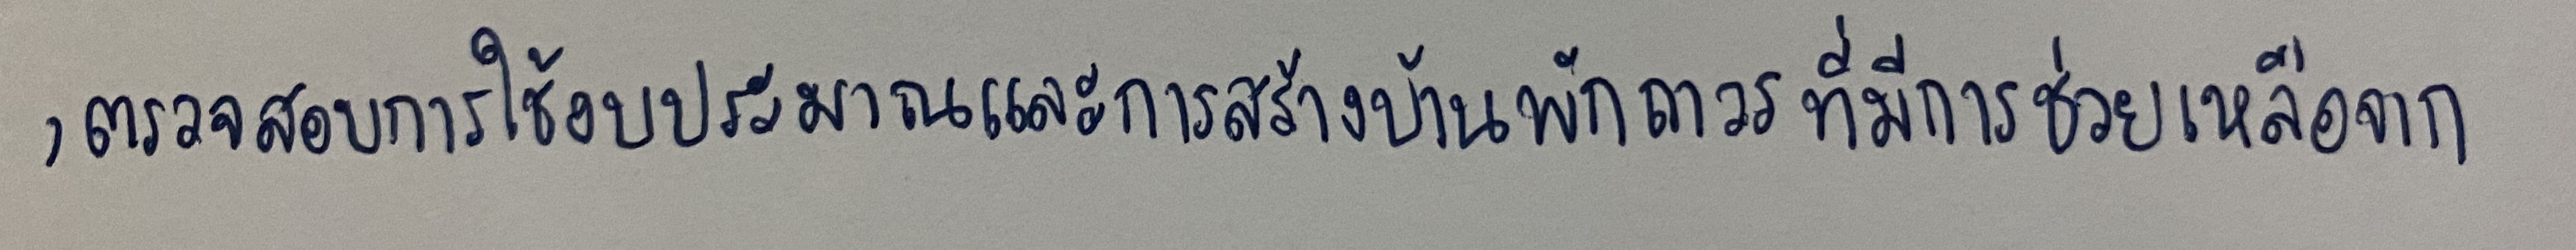
,ตรวจสอบการใช้งบประมาณและการสร้างบ้านพักถาวรที่มีการช่วยเหลือจาก